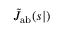
\tilde { J } _ { \mathrm { { a b } } } ( s | \r )